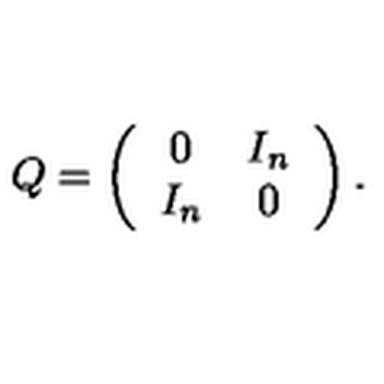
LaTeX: Q = \left( \begin{array} { c c } { 0 } & { I _ { n } } \\ { I _ { n } } & { 0 } \\ \end{array} \right) .